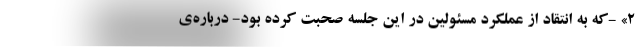
۲» -که به انتقاد از عملکرد مسئولین در این جلسه صحبت کرده بود- درباره‌ی